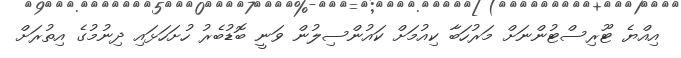
އިއްޔެ ޓޫރިސްޓުންނަށް މަރުހަބާ ކިއުމަށް ކައުންސިލުން ވަނީ ބޮޑުބެރު ހުށަހަޅައި ދިނުމުގެ އިތުރަށް